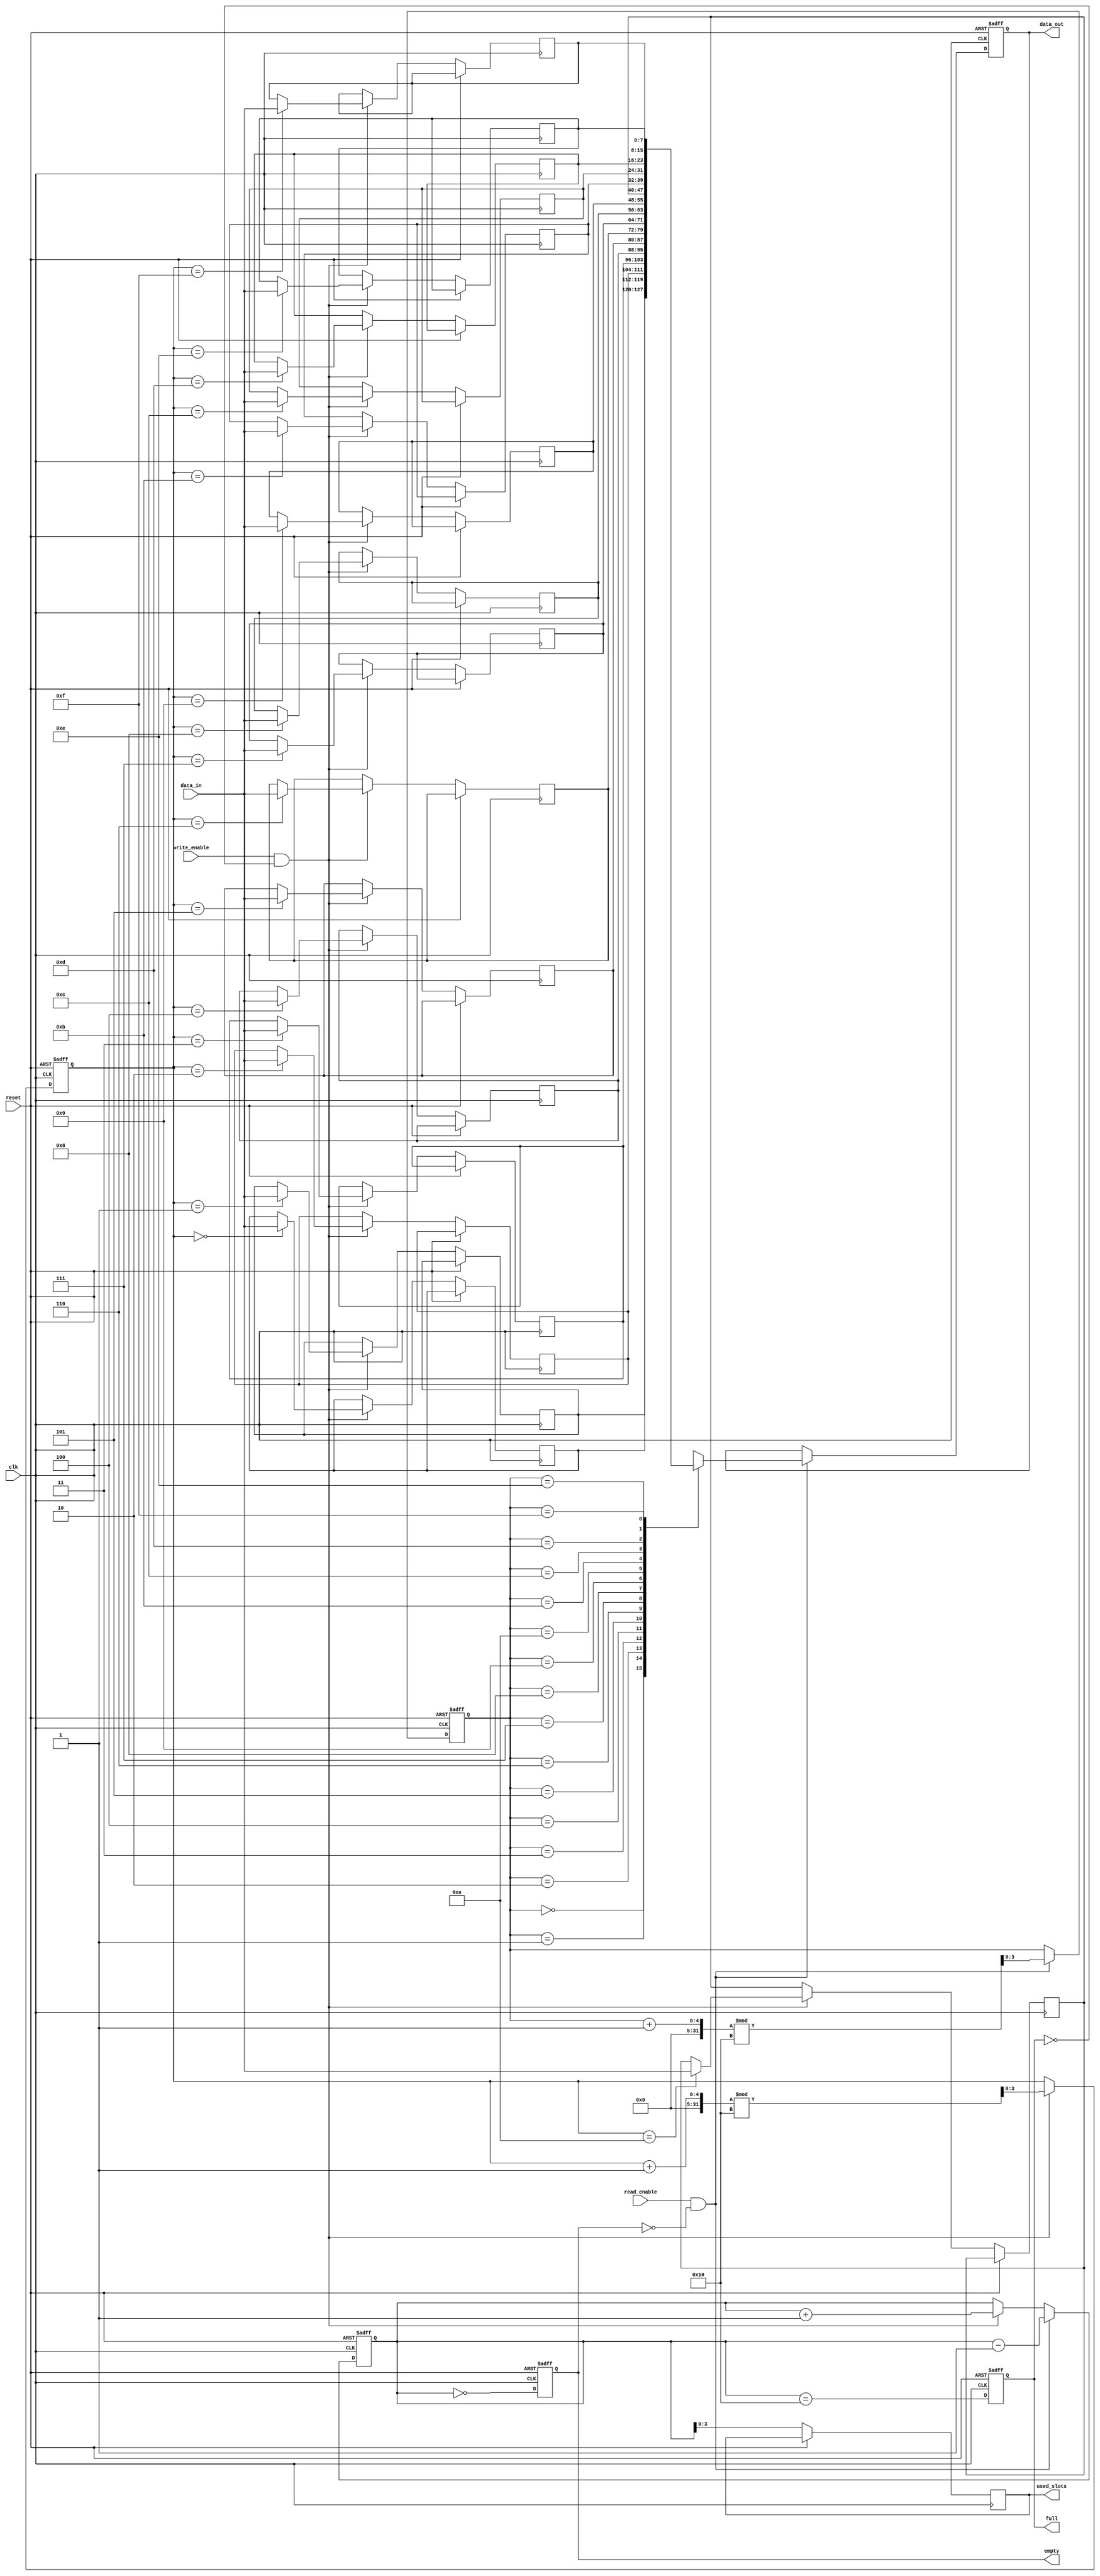
module parameterized_fifo #(
    parameter DATA_WIDTH = 8,      // Width of each data entry in bits
    parameter FIFO_DEPTH = 16       // Total number of entries (must be a power of two)
)(
    input clk,
    input reset,
    input write_enable,
    input read_enable,
    input [DATA_WIDTH-1:0] data_in,
    output reg [DATA_WIDTH-1:0] data_out,
    output reg full,
    output reg empty,
    output reg [clog2(FIFO_DEPTH)-1:0] used_slots
);

    // Internal memory array
    reg [DATA_WIDTH-1:0] fifo_mem [0:FIFO_DEPTH-1];
    reg [clog2(FIFO_DEPTH)-1:0] read_pointer;
    reg [clog2(FIFO_DEPTH)-1:0] write_pointer;
    reg [clog2(FIFO_DEPTH):0] count;

    // Function to calculate log base 2
    function integer clog2;
        input integer value;
        begin
            value = value - 1;
            for (clog2 = 0; value > 0; clog2 = clog2 + 1)
                value = value >> 1;
        end
    endfunction

    // Resetting the FIFO
    always @(posedge clk or posedge reset) begin
        if (reset) begin
            read_pointer <= 0;
            write_pointer <= 0;
            count <= 0;
            full <= 0;
            empty <= 1;
            data_out <= 0;
        end else begin
            // Write operation
            if (write_enable && !full) begin
                fifo_mem[write_pointer] <= data_in;
                write_pointer <= (write_pointer + 1) % FIFO_DEPTH;
                count <= count + 1;
            end
            
            // Read operation
            if (read_enable && !empty) begin
                data_out <= fifo_mem[read_pointer];
                read_pointer <= (read_pointer + 1) % FIFO_DEPTH;
                count <= count - 1;
            end

            // Update full and empty flags
            full <= (count == FIFO_DEPTH);
            empty <= (count == 0);
            used_slots <= count[clog2(FIFO_DEPTH)-1:0];
        end
    end

endmodule